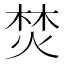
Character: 焚